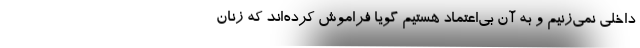
داخلی نمی‌زنیم و به آن بی‌اعتماد هستیم گویا فراموش کرده‌اند که زنان